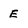
Character: E